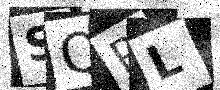
Text: SQPL